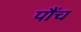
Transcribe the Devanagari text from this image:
पौंच